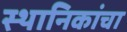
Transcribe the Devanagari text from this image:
स्थानिकांचा